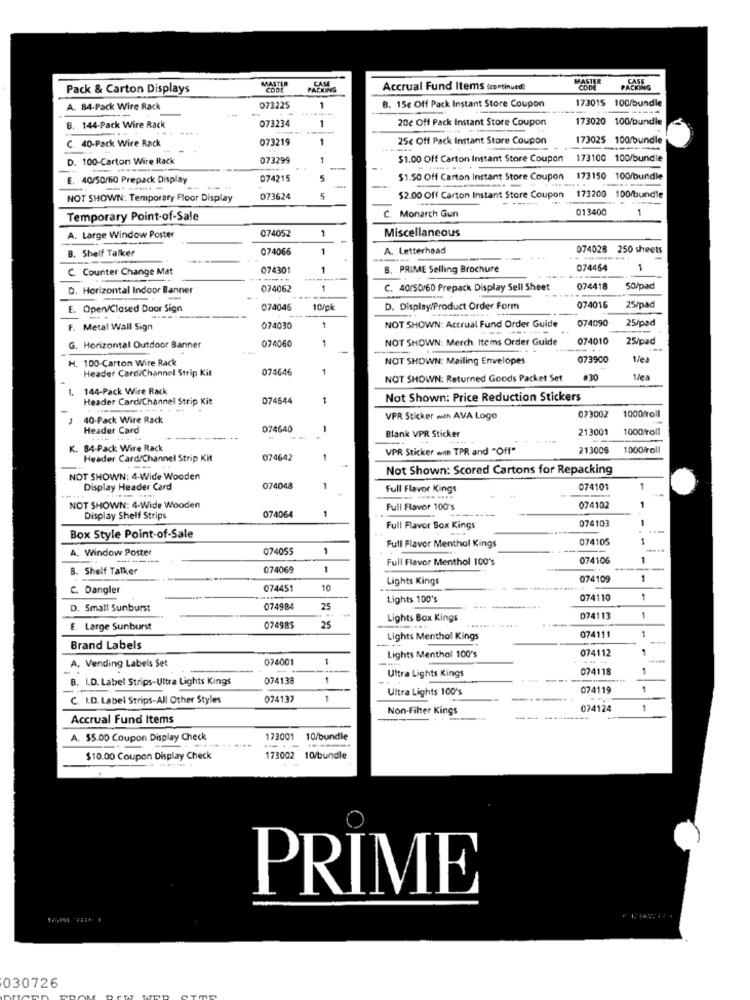
CASE
MASTER
CASE
Pack & Carton Displays
CODE
PACKING
Accrual Fund Items (continued)
CODE
PACKING
B. 15c Off Pack Instant Store Coupon
173015 100/bundle
A. B4-Pack Wire Rack
073225
1
1
20€ Off Pack Instant Store Coupon
173020 100/bundle
8. 144-Pack Wire Rack
073234
C. 40-Pack Wire Rack
073219
25€ Off Pack Instant Store Coupon
173025 100/bundle
D. 100-Carton Wire Rack
073299
1
$1.00 Off Carton Instant Store Coupon
173100 100/bundle
E. 40/50/60 Prepack Display
074215
$1.50 Off Carton Instant Store Coupon 173150
173150 100/bundle
-----
--
-
173200
NOT SHOWN: Temporary Floor Display
073624
5
$2.00 Off Carton Instant Store Coupon
173200 100/bundle
c
013400
1
Temporary Point-of-Sale
Monarch Gun
074052
1
Miscellaneous
A. Large Window Poster
B. Shelf Talker
074066
1
A. Letterhead
074028 250 sheets
C. Counter Change Mat
074301
1
PRIME Selling Brochure
074464
1
D. Horizontal Indoor Banner
074062
1
C. 40/50/60 Prepack Display Sell Sheet
074418
50/pad
E. Openv/Closed Door Sign
074046
10/pk
D. Display/Product Order Form
074016
25/pad
NOT SHOWN: Actrual Fund Order Guide
074090
25/pad
F. Metal Wall Sign
074030
1
074060
1
NOT SHOWN: Merch. Items Order Guide
074010
25/pad
G. Horizontal Outdoor Banner
H. 100-Carton Wire Rack
NOT SHOWN: Mailing Envelopes
073900
1/ea
Header Card/Channel Strip Kit
074646
1
NOT SHOWN: Returned Goods Packet Set
#30
1. 144-Pack Wire Rack
Header Card/Channel Strip Kit
074644
1
Not Shown: Price Reduction Stickers
073002
1000froll
40-Pack Wire Rack
VPR Sticker mth AVA Logo
Header Card
074640
213001
1000roll
Blank VPR Sticker
K. 84-Pack Wire Rack
VPR Sticker with TPR and "Off"
213008
1000/roll
Header Card/Channel Strip Kit
074642
Not Shown: Scored Cartons for Repacking
NOT SHOWN: 4-Wide Wooden
Display Header Card
074048
-
Full Flavor Kings
074101
1
1
NOT SHOWN: 4-Wide Wooden
Full Flavor 100's
074102
Display Shelf Strips
074064
074103
Full Flavor Sox Kings
Box Style Point-of-Sale
074105
A. Window Poster
074055
Full Flavor Menthol Kings
Full Flavor Menthol 100's
074106
B. Shelf Talker
074069
1
Lights Kings
074109
1
C. Dangler
074451
10
Lights 100's
074110
1
D. Small Sunburst
074984
25
Lights Box Kings
.... .....
074113
1
E. Large Sunburst
074985
25
074111
1
Lights Menthol Kings
Brand Labels
074112
074001
Lights Menthol 100's
-.
A, Vending Labels Set
074118
1
B. I.D. Label Strips-Ultra Lights Kings
074138
Ultra Lights Kings
Ultra Lights 100's
074119
1
C. I.D. Label Strips-All Other Styles
074137
1
Non-Filter Kings
074124
1
Accrual Fund Items
A. $5.00 Coupon Display Check
173001
10/bundle
$10.00 Coupon Display Check
173002
10/bundle
PRIME
030726